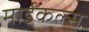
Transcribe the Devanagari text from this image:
माईकल्स